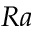
R a